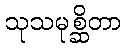
သုသမုစ္ဆိတာ